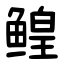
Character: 鳇